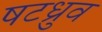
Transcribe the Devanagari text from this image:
षटध्रुव